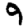
Digit: 9